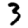
Digit: 3